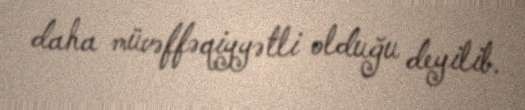
daha müvəffəqiyyətli olduğu deyilib.